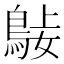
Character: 𪀺